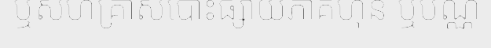
ឬសហគ្រាសបោះផ្សាយភាគហ៊ុន ឬបណ្ណ